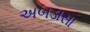
અબડાસા